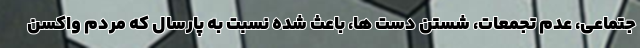
جتماعی، عدم تجمعات، شستن دست ها، باعث شده نسبت به پارسال که مردم واکسن